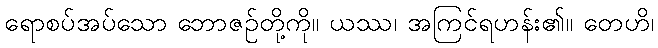
ရောစပ်အပ်သော ဘောဇဉ်တို့ကို။ ယဿ၊ အကြင်ရဟန်း၏။ တေဟိ၊